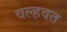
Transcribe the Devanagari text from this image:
वल्हवत